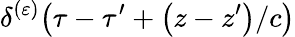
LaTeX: \delta^{(\varepsilon)}\! \left(\tau-\tau^{\prime}+\left(z-z^{\prime}\right)/c\right)